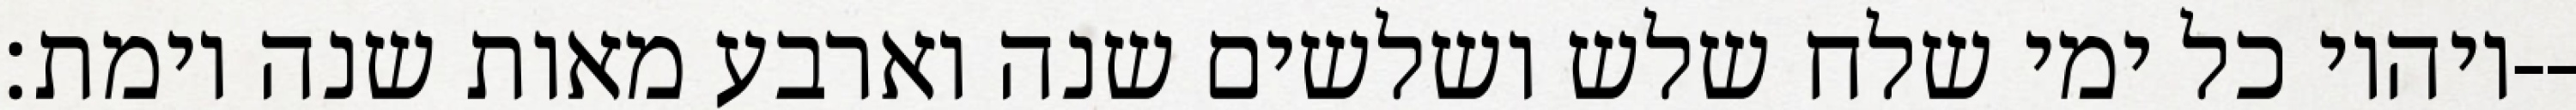
ויהיו כל ימי שלח שלש ושלשים שנה וארבע מאות שנה וימת׃--